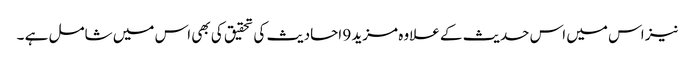
نیز اس میں اس حدیث کے علاوہ مزید 9 احادیث کی تحقیق کی بھی اس میں شامل ہے ۔